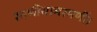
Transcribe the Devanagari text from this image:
रमणीयामरमणीं।